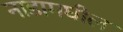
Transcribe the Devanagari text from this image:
नाडामघील